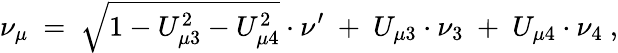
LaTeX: \nu_{\mu}~=~\sqrt{1-U_{\mu 3}^{2}-U_{\mu 4}^{2}}\cdot\nu^{\prime}~+~U_{\mu 3}\cdot\nu_{3}~+~U_{\mu 4}\cdot\nu_{4}~,